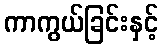
ကာကွယ်ခြင်းနှင့်